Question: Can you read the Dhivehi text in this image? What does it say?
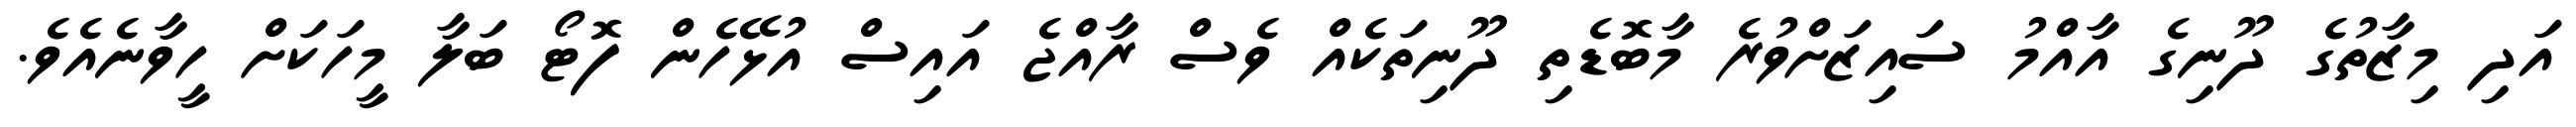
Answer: އަދި މިޒާތުގެ ދޫނިގެ އާއްމު ސައިޒަށްވުރެ މާބޮޑެތި ދޫނިތަކެއް ވެސް ރާއްޖެ އައިސް އުޅޭހެން ފޮޓޯ ބަލާ މީހަކަށް ހީވާނެއެވެ.